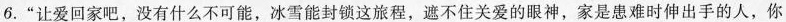
6.”让爱回家吧，没有什么不可能，冰雪能封锁这旅程，遮不住关爱的眼神，家是患难时伸出手的人，你